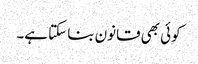
کوئی بھی قانون بنا سکتا ہے۔